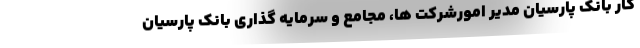
کار بانک پارسیان مدیر امورشرکت ها، مجامع و سرمایه گذاری بانک پارسیان